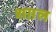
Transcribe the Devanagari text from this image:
शग़ल